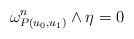
LaTeX: \begin{align*}\omega_{P(u_0, u_1)}^n\wedge \eta=0\end{align*}